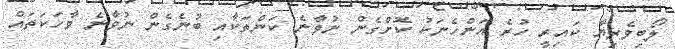
ލޯބިވެރިޔާ ކައިރީ ހުރެ އަންހެނަކު ކޮށްގެން ނުވާނެ ކަންތަކާއި ބުނެގެން ނުވާނެ ވާހަކަތައް